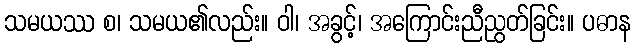
သမယဿ စ၊ သမယ၏လည်း။ ဝါ၊ အခွင့်၊ အကြောင်းညီညွတ်ခြင်း။ ပဓာန